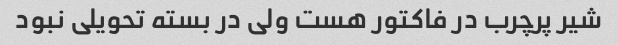
شیر پرچرب در فاکتور هست ولی در بسته تحویلی نبود